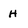
Character: H